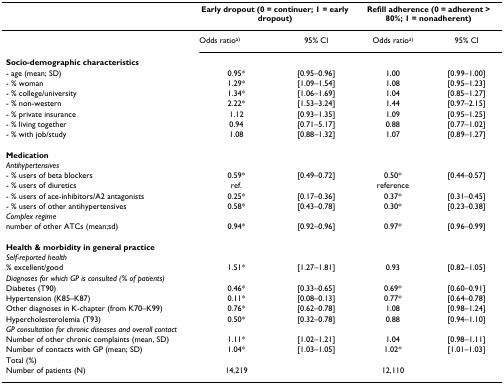
<table><thead><tr><td></td><td colspan="2"><b>Early dropout (0 = continuer; 1 = early dropout)</b></td><td colspan="2"><b>Refill adherence (0 = adherent &gt; 80%; 1 = nonadherent)</b></td></tr></thead><tbody><tr><td></td><td>Odds ratio<sup>a)</sup></td><td>95% CI</td><td>Odds ratio<sup>a)</sup></td><td>95% CI</td></tr><tr><td><b>Socio-demographic characteristics</b></td><td></td><td></td><td></td><td></td></tr><tr><td>- age (mean; SD)</td><td>0.95*</td><td>[0.95–0.96]</td><td>1.00</td><td>[0.99–1.00]</td></tr><tr><td>- % woman</td><td>1.29*</td><td>[1.09–1.54]</td><td>1.08</td><td>[0.95–1.23]</td></tr><tr><td>- % college/university</td><td>1.34*</td><td>[1.06–1.69]</td><td>1.04</td><td>[0.85–1.27]</td></tr><tr><td>- % non-western</td><td>2.22*</td><td>[1.53–3.24]</td><td>1.44</td><td>[0.97–2.15]</td></tr><tr><td>- % private insurance</td><td>1.12</td><td>[0.93–1.35]</td><td>1.09</td><td>[0.95–1.25]</td></tr><tr><td>- % living together</td><td>0.94</td><td>[0.71–5.17]</td><td>0.88</td><td>[0.77–1.02]</td></tr><tr><td>- % with job/study</td><td>1.08</td><td>[0.88–1.32]</td><td>1.07</td><td>[0.89–1.27]</td></tr><tr><td><b>Medication</b></td><td></td><td></td><td></td><td></td></tr><tr><td><i>Antihypertensives</i></td><td></td><td></td><td></td><td></td></tr><tr><td>- % users of beta blockers</td><td>0.59*</td><td>[0.49–0.72]</td><td>0.50*</td><td>[0.44–0.57]</td></tr><tr><td>- % users of diuretics</td><td>ref.</td><td></td><td>reference</td><td></td></tr><tr><td>- % users of ace-inhibitors/A2 antagonists</td><td>0.25*</td><td>[0.17–0.36]</td><td>0.37*</td><td>[0.31–0.45]</td></tr><tr><td>- % users of other antihypertensives</td><td>0.58*</td><td>[0.43–0.78]</td><td>0.30*</td><td>[0.23–0.38]</td></tr><tr><td><i>Complex regime</i></td><td></td><td></td><td></td><td></td></tr><tr><td>number of other ATCs (mean;sd)</td><td>0.94*</td><td>[0.92–0.96]</td><td>0.97*</td><td>[0.96–0.99]</td></tr><tr><td><b>Health &amp; morbidity in general practice</b></td><td></td><td></td><td></td><td></td></tr><tr><td><i>Self-reported health</i></td><td></td><td></td><td></td><td></td></tr><tr><td>% excellent/good</td><td>1.51*</td><td>[1.27–1.81]</td><td>0.93</td><td>[0.82–1.05]</td></tr><tr><td><i>Diagnoses for which GP is consulted (% of patients)</i></td><td></td><td></td><td></td><td></td></tr><tr><td>Diabetes (T90)</td><td>0.46*</td><td>[0.33–0.65]</td><td>0.69*</td><td>[0.60–0.91]</td></tr><tr><td>Hypertension (K85–K87)</td><td>0.11*</td><td>[0.08–0.13]</td><td>0.77*</td><td>[0.64–0.78]</td></tr><tr><td>Other diagnoses in K-chapter (from K70–K99)</td><td>0.76*</td><td>[0.62–0.78]</td><td>1.08</td><td>[0.98–1.24]</td></tr><tr><td>Hypercholesterolemia (T93)</td><td>0.50*</td><td>[0.32–0.78]</td><td>0.88</td><td>[0.94–1.10]</td></tr><tr><td><i>GP consultation for chronic diseases and overall contact</i></td><td></td><td></td><td></td><td></td></tr><tr><td>Number of other chronic complaints (mean, SD)</td><td>1.11*</td><td>[1.02–1.21]</td><td>1.04</td><td>[0.98–1.11]</td></tr><tr><td>Number of contacts with GP (mean; SD)</td><td>1.04*</td><td>[1.03–1.05]</td><td>1.02*</td><td>[1.01–1.03]</td></tr><tr><td>Total (%)</td><td></td><td></td><td></td><td></td></tr><tr><td>Number of patients (N)</td><td>14,219</td><td></td><td>12,110</td><td></td></tr></tbody></table>